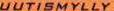
UUTISMYLLY